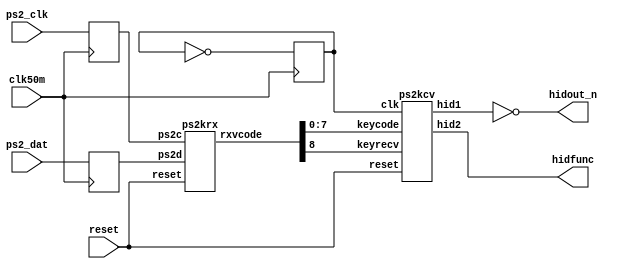
// Copyright (c) 2006,19 MiSTer-X

module PS2KEY_HID
(
	input				clk50m,
	input				reset,

	input				ps2_clk,
	input				ps2_dat,

	output [15:0]	hidout_n,
	output  [3:0]	hidfunc
);

reg clk, ps2c, ps2d;
always @(posedge clk50m) begin
	clk  <= ~clk;
	ps2c <= ps2_clk;
	ps2d <= ps2_dat;
end

wire  [8:0] rx_data;
wire [15:0] hidout;

ps2krx recv(.reset(reset),.ps2c(ps2c),.ps2d(ps2d),.rxvcode(rx_data));
ps2kcv conv(.clk(clk),.reset(reset),.keyrecv(rx_data[8]),.keycode(rx_data[7:0]),.hid1(hidout),.hid2(hidfunc));

assign hidout_n = ~hidout;

endmodule


module ps2kcv
(
	input				clk,
	input				reset,
	input				keyrecv,
	input [7:0] 	keycode,

	output [15:0] 	hid1,
	output [3:0]	hid2
);

reg	bRS, bCR, bS2, bS1;
reg	bT7, bT6, bT5, bT4;
reg	bT3, bT2, bT1, bT0;
reg	bRG, bLF, bDW, bUP;

assign hid1 = { bRS, bCR, bS2, bS1, bT7, bT6, bT5, bT4, bT3, bT2, bT1, bT0, bRG, bLF, bDW, bUP };
assign hid2 = {4{bRS}} & { bT5, bT6, bT7, ~(bT5|bT6|bT7) };

reg	pkeyrecv;

reg	bRel;
wire 	bHit = ~bRel;

always @(posedge clk or posedge reset) begin
	if (reset) begin
		pkeyrecv <= 0;

		bRS	<= 0;
		bCR	<= 0;
		bS2	<= 0;
		bS1	<= 0;
		bT7	<= 0;
		bT6	<= 0;
		bT5	<= 0;
		bT4	<= 0;
		bT3	<= 0;
		bT2	<= 0;
		bT1	<= 0;
		bT0	<= 0;
		bRG	<= 0;
		bLF	<= 0;
		bDW	<= 0;
		bUP	<= 0;

		bRel	<= 0;
	end
	else begin
		// check receive scan code
		if ((keyrecv ^ pkeyrecv) & keyrecv) begin
			case (keycode)

				8'h75: bUP <= bHit;	// [up]
				8'h72: bDW <= bHit;	// [down]
				8'h6B: bLF <= bHit;	// [left]
				8'h74: bRG <= bHit;	// [right]

				8'h2B: bT7 <= bHit;	// F
				8'h23: bT6 <= bHit;	// D
				8'h1B: bT5 <= bHit;	// S
				8'h1C: bT4 <= bHit;	// A

				8'h2A: bT3 <= bHit;	// V
				8'h21: bT2 <= bHit;	// C
				8'h22: bT1 <= bHit;	// X
				8'h1A: bT0 <= bHit;	// Z

				8'h16: bS1 <= bHit;	// 1 (start1P)
				8'h1E: bS2 <= bHit;	// 2 (start2P)
				8'h26: bCR <= bHit;	// 3 (coin)
				8'h25: bRS <= bHit;	// 4 (reserved)

				default:;
			endcase
			bRel <= (keycode==8'hF0);
		end
		pkeyrecv <= keyrecv;
	end
end

endmodule


module ps2krx
(
	input		reset,

	input		ps2c,
	input		ps2d,

	output reg [8:0] rxvcode = 0
);

reg [9:0] rx_shift = 10'h3FF;

always @( negedge ps2c or posedge reset ) begin
	if( reset ) begin
		rx_shift <= 10'h3ff;
		rxvcode  <= 0;
	end
	else begin
		rx_shift <= { ps2d, rx_shift[9:1] };
		if ( ~rx_shift[0] ) begin
			rxvcode <= { 1'b1, rx_shift[8:1] };
			rx_shift <= 10'h3ff;
		end
		else rxvcode <= 0;
	end
end

endmodule